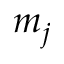
m _ { j }